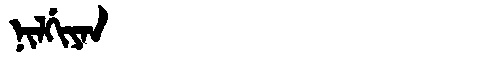
Manchu: ᠨᡳᠯᡤᡳᠶᠠᠨ
Romanization: NILGIYAN